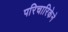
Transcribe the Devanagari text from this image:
परिचारिकेने